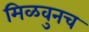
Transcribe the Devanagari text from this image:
मिळवुनच